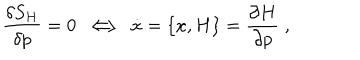
\frac { \delta S _ { H } } { \delta p } = 0 \; \Longleftrightarrow \; \dot { x } = \{ x , H \} = \frac { \partial H } { \partial p } \; ,